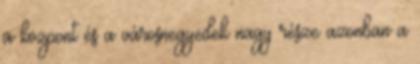
a központ és a városnegyedek nagy része azonban a